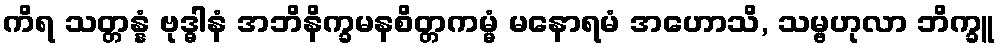
ကိရ သတ္တန္နံ ဗုဒ္ဓါနံ အဘိနိက္ခမနစိတ္တကမ္မံ မနောရမံ အဟောသိ, သမ္ဗဟုလာ ဘိက္ခူ